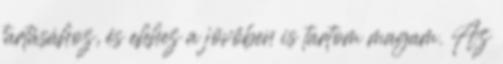
tartásához, és ehhez a jövőben is tartom magam. Az